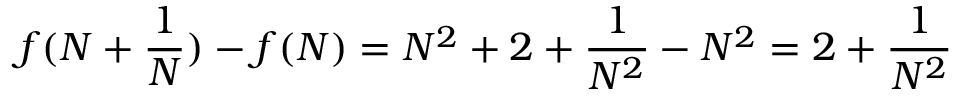
f ( N + { \frac { 1 } { N } } ) - f ( N ) = N ^ { 2 } + 2 + { \frac { 1 } { N ^ { 2 } } } - N ^ { 2 } = 2 + { \frac { 1 } { N ^ { 2 } } }